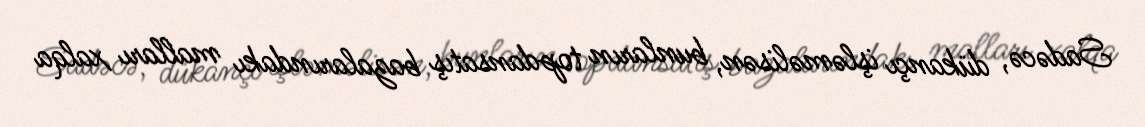
Sadəcə, dükançı işləməlisən, bunların topdansatış bazalarındakı malları xalqa